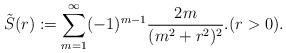
LaTeX: \begin{align*}\tilde{S}(r):=\sum_{m=1}^{\infty}(-1)^{m-1}\frac{2m}{(m^2+r^2)^2}.(r>0).\end{align*}